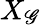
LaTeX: X_{\mathscr{G}}